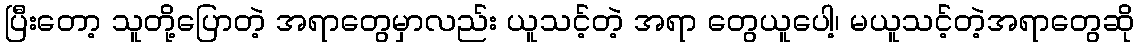
ပြီးတော့ သူတို့ပြောတဲ့ အရာတွေမှာလည်း ယူသင့်တဲ့ အရာ တွေယူပေါ့၊ မယူသင့်တဲ့အရာတွေဆို